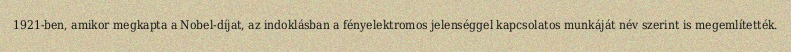
1921-ben, amikor megkapta a Nobel-díjat, az indoklásban a fényelektromos jelenséggel kapcsolatos munkáját név szerint is megemlítették.